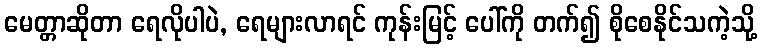
မေတ္တာဆိုတာ ရေလိုပါပဲ, ရေများလာရင် ကုန်းမြင့် ပေါ်ကို တက်၍ စိုစေနိုင်သကဲ့သို့